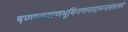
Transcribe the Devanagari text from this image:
षण्णवबाणभूमिगणनादानन्दसंवत्सरे